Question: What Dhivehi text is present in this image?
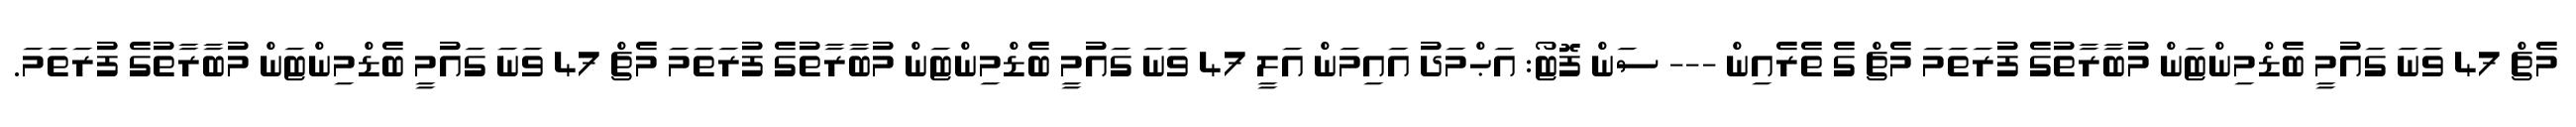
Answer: މެޗް 47 ވަނަ ގައުމީ ބެޑްމިންޓަން މުބާރާތުގެ ފުރަތަމަ މެޗް ގެ ތެރެއިން --- ސަން ފޮޓޯ: އަޙްމަދު އައިމަން އަލީ 47 ވަނަ ގައުމީ ބެޑްމިންޓަން މުބާރާތުގެ ފުރަތަމަ މެޗް 47 ވަނަ ގައުމީ ބެޑްމިންޓަން މުބާރާތުގެ ފުރަތަމަ.